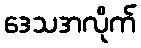
ဒေသအလိုက်